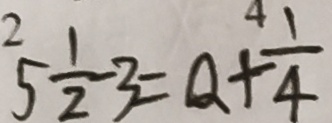
5 \frac { 1 } { 2 } - 3 = Q + \frac { 1 } { 4 }